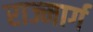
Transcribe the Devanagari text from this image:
राज्मार्ग